Annual statistical returns and brief notes on vaccination in Bengal - 1887-1898
Year: 1887
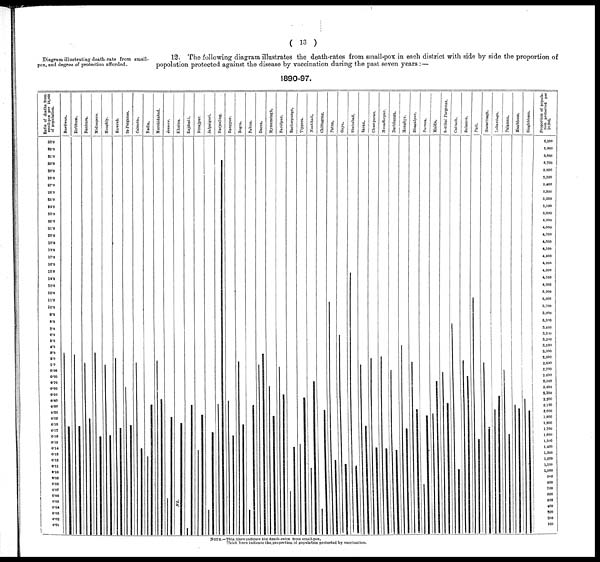
( 13 )
Diagram illustrating death-rate from small-
pox, and degree of protection afforded.
12. The following diagram illustrates the death-rates from small-pox in each district with side by side the proportion of
popolution protected against the disease by vaccination during the past seven years :—
1890-97.
NOTE.—Thin lines indicate the death-rates from small-pox.
Thick lines indicate the proportion of population protected by vaccination.